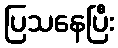
ပြသနေပြီး